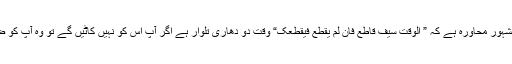
عربی کا ایک مشہور محاورہ ہے کہ ” الوقت سیف قاطع فان لم یقطع فیقطعک“ وقت دو دھاری تلوار ہے اگر آپ اس کو نہیں کاٹیں گے تو وہ آپ کو ضرور کاٹے گا۔